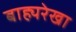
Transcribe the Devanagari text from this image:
बाह्यरेखा